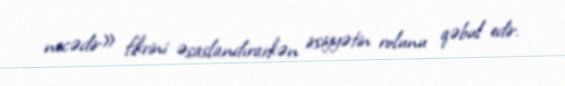
necədir» fikrini əsaslandırarkən irsiyyətin rolunu qəbul edir.